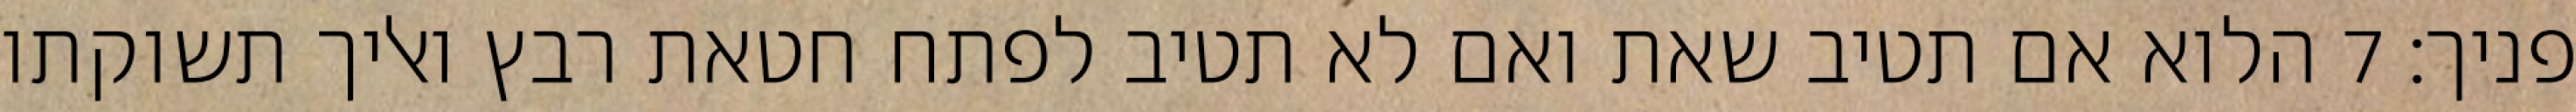
פניך׃ ‎7‏ הלוא אם תטיב שאת ואם לא תטיב לפתח חטאת רבץ ואליך תשוקתו